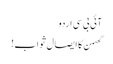
آئی بی سی اردو
گھمن کا ایصال ثواب!